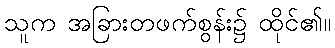
သူက အခြားတဖက်စွန်း၌ ထိုင်၏။